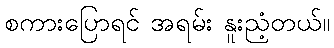
စကားပြောရင် အရမ်း နူးညံ့တယ်။